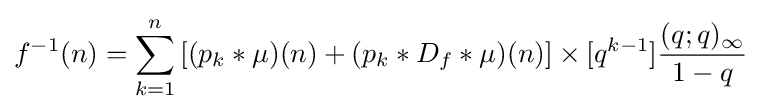
f^{-1}(n)=\sum _{k=1}^{n}\left[(p_{k}\ast \mu )(n)+(p_{k}\ast D_{f}\ast \mu )(n)\right]\times [q^{k-1}]{\frac {(q;q)_{\infty }}{1-q}}